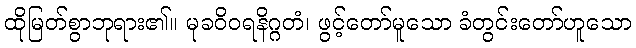
ထိုမြတ်စွာဘုရား၏။ မုခဝိဝရနိဂ္ဂတံ၊ ဖွင့်တော်မူသော ခံတွင်းတော်ဟူသော